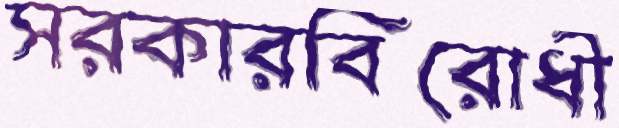
সরকারবিরোধী